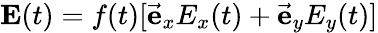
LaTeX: \mathbf{E}(t)=f(t)[\vec{\mathbf{e}}_{x}E_{x}(t)+\vec{\mathbf{e}}_{y}E_{y}(t)]